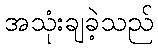
အသုံးချခဲ့သည်